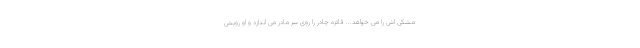
مشکی اش را می خواهد... فائزه چادر را روی سر مادر می اندازد و او رویش